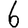
Digit: 6